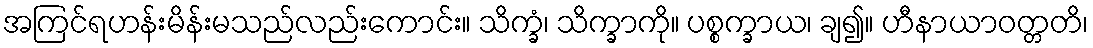
အကြင်ရဟန်းမိန်းမသည်လည်းကောင်း။ သိက္ခံ၊ သိက္ခာကို။ ပစ္စက္ခာယ၊ ချ၍။ ဟီနာယာဝတ္တတိ၊